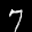
Label: 7